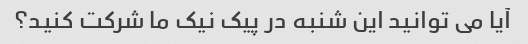
آیا می توانید این شنبه در پیک نیک ما شرکت کنید؟